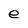
Character: e